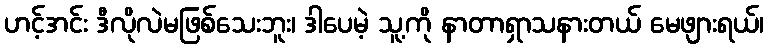
ဟင့်အင်း ဒီလိုလဲမဖြစ်သေးဘူး၊ ဒါပေမဲ့ သူ့ကို နာတာရှာသနားတယ် မေဖျားရယ်၊